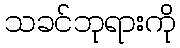
သခင်ဘုရားကို